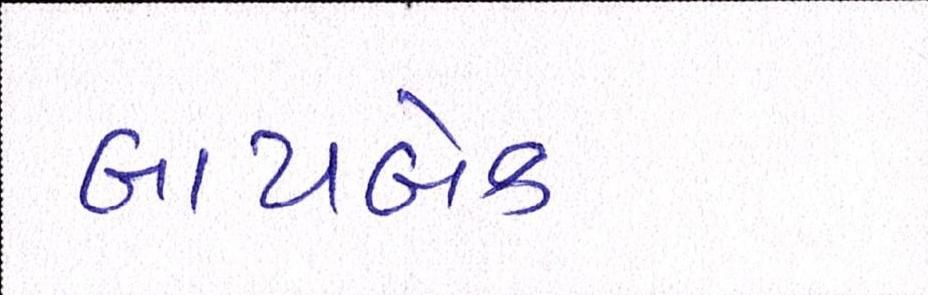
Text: બાયબેક